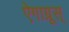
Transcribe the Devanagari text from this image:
ऐगाग्रूस्